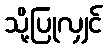
သို့ပြုလျှင်